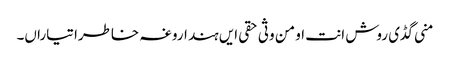
منی گڈی روش انت او من وثی حقی ایں ہند اروغہ خاطرا تیاراں۔